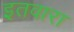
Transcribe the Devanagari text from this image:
इतवारा